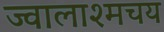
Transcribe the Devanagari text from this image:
ज्वालाश्मचय